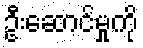
ဦးဆောင်မှုကို